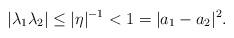
LaTeX: \begin{align*} \lvert \lambda_1 \lambda_2 \rvert \leq \lvert \eta \rvert^{-1} < 1 = \lvert a_1-a_2 \rvert^2.\end{align*}